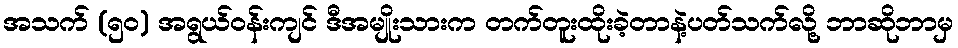
အသက် (၅၀) အရွယ်ဝန်းကျင် ဒီအမျိုးသားက တက်တူးထိုးခဲ့တာနဲ့ပတ်သက်လို့ ဘာဆိုဘာမှ